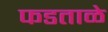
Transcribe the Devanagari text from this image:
फडताळे